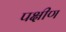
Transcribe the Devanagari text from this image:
पक्षीण